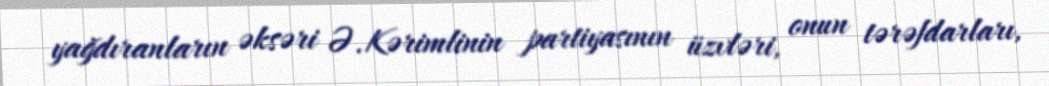
yağdıranların əksəri Ə.Kərimlinin partiyasının üzvləri, onun tərəfdarları,